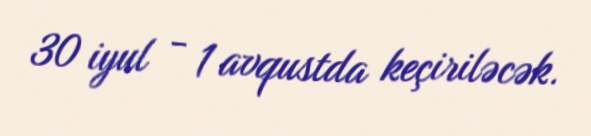
30 iyul - 1 avqustda keçiriləcək.